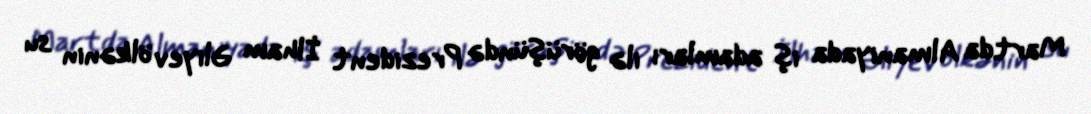
Martda Almaniyada iş adamları ilə görüşündə Prezident İlham Əliyev ölkənin su